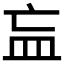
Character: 𥁃